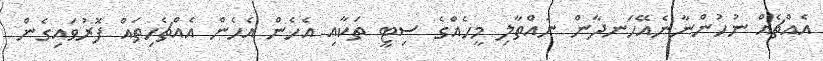
އެއްޗެއް ނުހުންނާނެއޭހަނދާން ނައްތާލި މީހެއްގެ ސިޓީ ތަކާއި އެހެން އެހެން އެއްޗެހިތައް ފޮރުވައިގެން